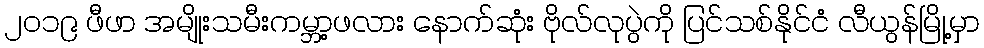
၂၀၁၉ ဖီဖာ အမျိုးသမီးကမ္ဘာ့ဖလား နောက်ဆုံး ဗိုလ်လုပွဲကို ပြင်သစ်နိုင်ငံ လီယွန်မြို့မှာ